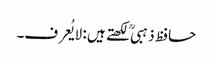
حافظ ذہبی ؒ لکھتے ہیں : لایُعرف۔